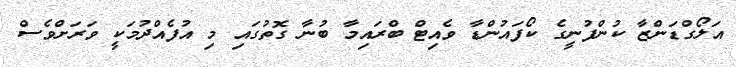
އަލޯގްޑަންޒާ ކުންފުނީގެ ކޯފައުންޑާ ވެއިޓް ބްރައިމާ ބުނާ ގޮތުގައި މި އުފެއްދުމަކީ ވަރަށްވެސް